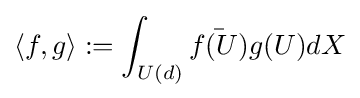
\langle f,g\rangle :=\int _{U(d)}{\bar {f(U)}}g(U)dX